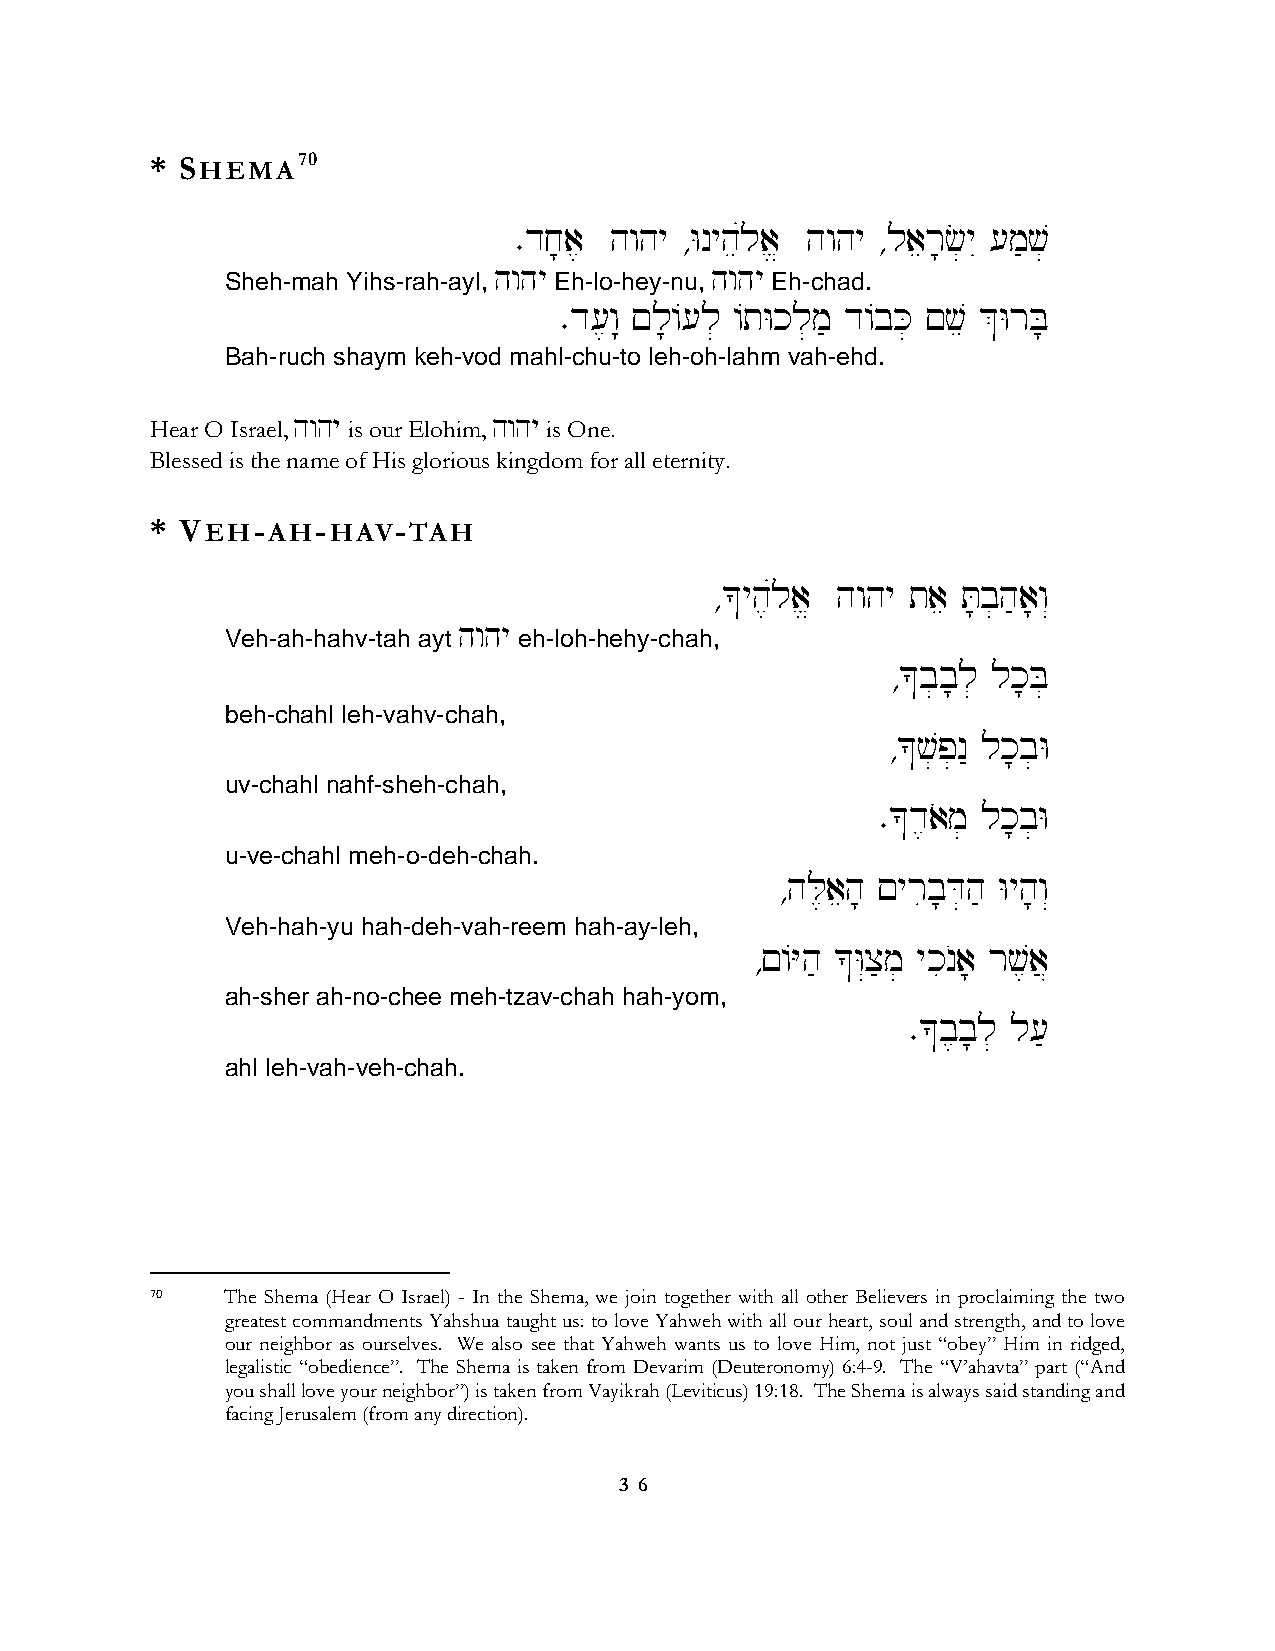
* SHEMA70
 ∑dj;a, hwhy ∆Wnyheúla> hwhy ∆laer;c]yI [m'v]
 hwhy          hwhy
 Sheh-mah Yihs-rah-ayl, Eh-lo-hey-nu, Eh-chad.
 ∑d[,w: !l;/[l] /tWkl]m' d/bK] !ve &WrB;
 Bah-ruch shaym keh-vod mahl-chu-to leh-oh-lahm vah-ehd.
 Hear O Israel, hwhy is our Elohim, hwhy is One.
 Blessed is the name of His glorious kingdom for all eternity.
 * VEH-AH-HAV-TAH
 ∆*yh,úla> hwhy tae T;b]h'a;w“
 hwhy
 Veh-ah-hahv-tah ayt eh-loh-hehy-chah,
 ∆*b]b;l] lk;B]
 beh-chahl leh-vahv-chah,
 ∆*v]p]n" lk;b]W
 uv-chahl nahf-sheh-chah,
 ∑*d,aom] lk;b]W
 u-ve-chahl meh-o-deh-chah.
 ∆hL,aeh; !yrib;D]h' Wyh;w“
 Veh-hah-yu hah-deh-vah-reem hah-ay-leh,
 ∆!/Yh' *W“x'm] ykinOa; rv,a}
 ah-sher ah-no-chee meh-tzav-chah hah-yom,
 ∑*b,b;l] l['
 ahl leh-vah-veh-chah.
 70   The Shema (Hear O Israel) - In the Shema, we join together with all other Believers in proclaiming the two
 greatest commandments Yahshua taught us: to love Yahweh with all our heart, soul and strength, and to love
 our neighbor as ourselves. We also see that Yahweh wants us to love Him, not just “obey” Him in ridged,
 legalistic “obedience”. The Shema is taken from Devarim (Deuteronomy) 6:4-9. The “V’ahavta” part (“And
 you shall love your neighbor”) is taken from Vayikrah (Leviticus) 19:18. The Shema is always said standing and
 facing Jerusalem (from any direction).
 3 6